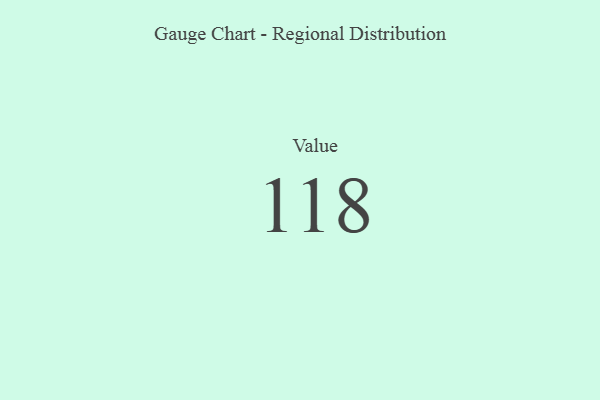
{"axis": {"x": "Metric", "y": "Value"}, "legend": [""], "data": [{"x": "Value", "y": 118, "type": ""}]}